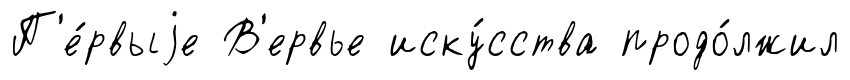
П'е́рвыjе В'ервье иску́сства продо́лжил